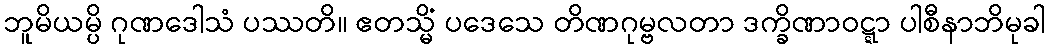
ဘူမိယမ္ပိ ဂုဏဒေါသံ ပဿတိ။ ဧတသ္မိံ ပဒေသေ တိဏဂုမ္ဗလတာ ဒက္ခိဏာဝဋ္ဋာ ပါစီနာဘိမုခါ